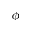
\phi